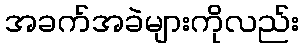
အခက်အခဲများကိုလည်း